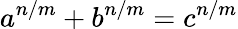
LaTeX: a^{n/m}+b^{n/m}=c^{n/m}